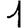
Digit: 1